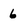
Character: 6